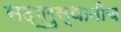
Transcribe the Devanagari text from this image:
सद्‌गुरुस्थानीच